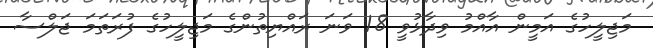
މަޖިލީހުގެ އަމީން އާއްމު ވިދާޅުވީ 18 ވަނަ ރައްޔިތުންގެ މަޖިލީހުގެ ފުރަތަމަ ޖަލްސާ